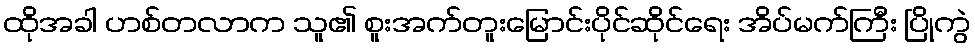
ထိုအခါ ဟစ်တလာက သူ၏ စူးအက်တူးမြောင်းပိုင်ဆိုင်ရေး အိပ်မက်ကြီး ပြိုကွဲ